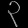
Digit: ၃